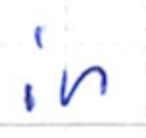
Text: in
Cross-out: clean
Writing tool: ballpoint